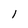
Character: l